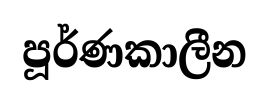
පූර්ණකාලීන